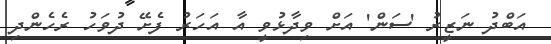
އަބްދު ނަޒީރު 'ސަން' އަށް ވިދާޅުވީ އާ އަހަރު ފެށޭ ދުވަހު ރެހެންދި